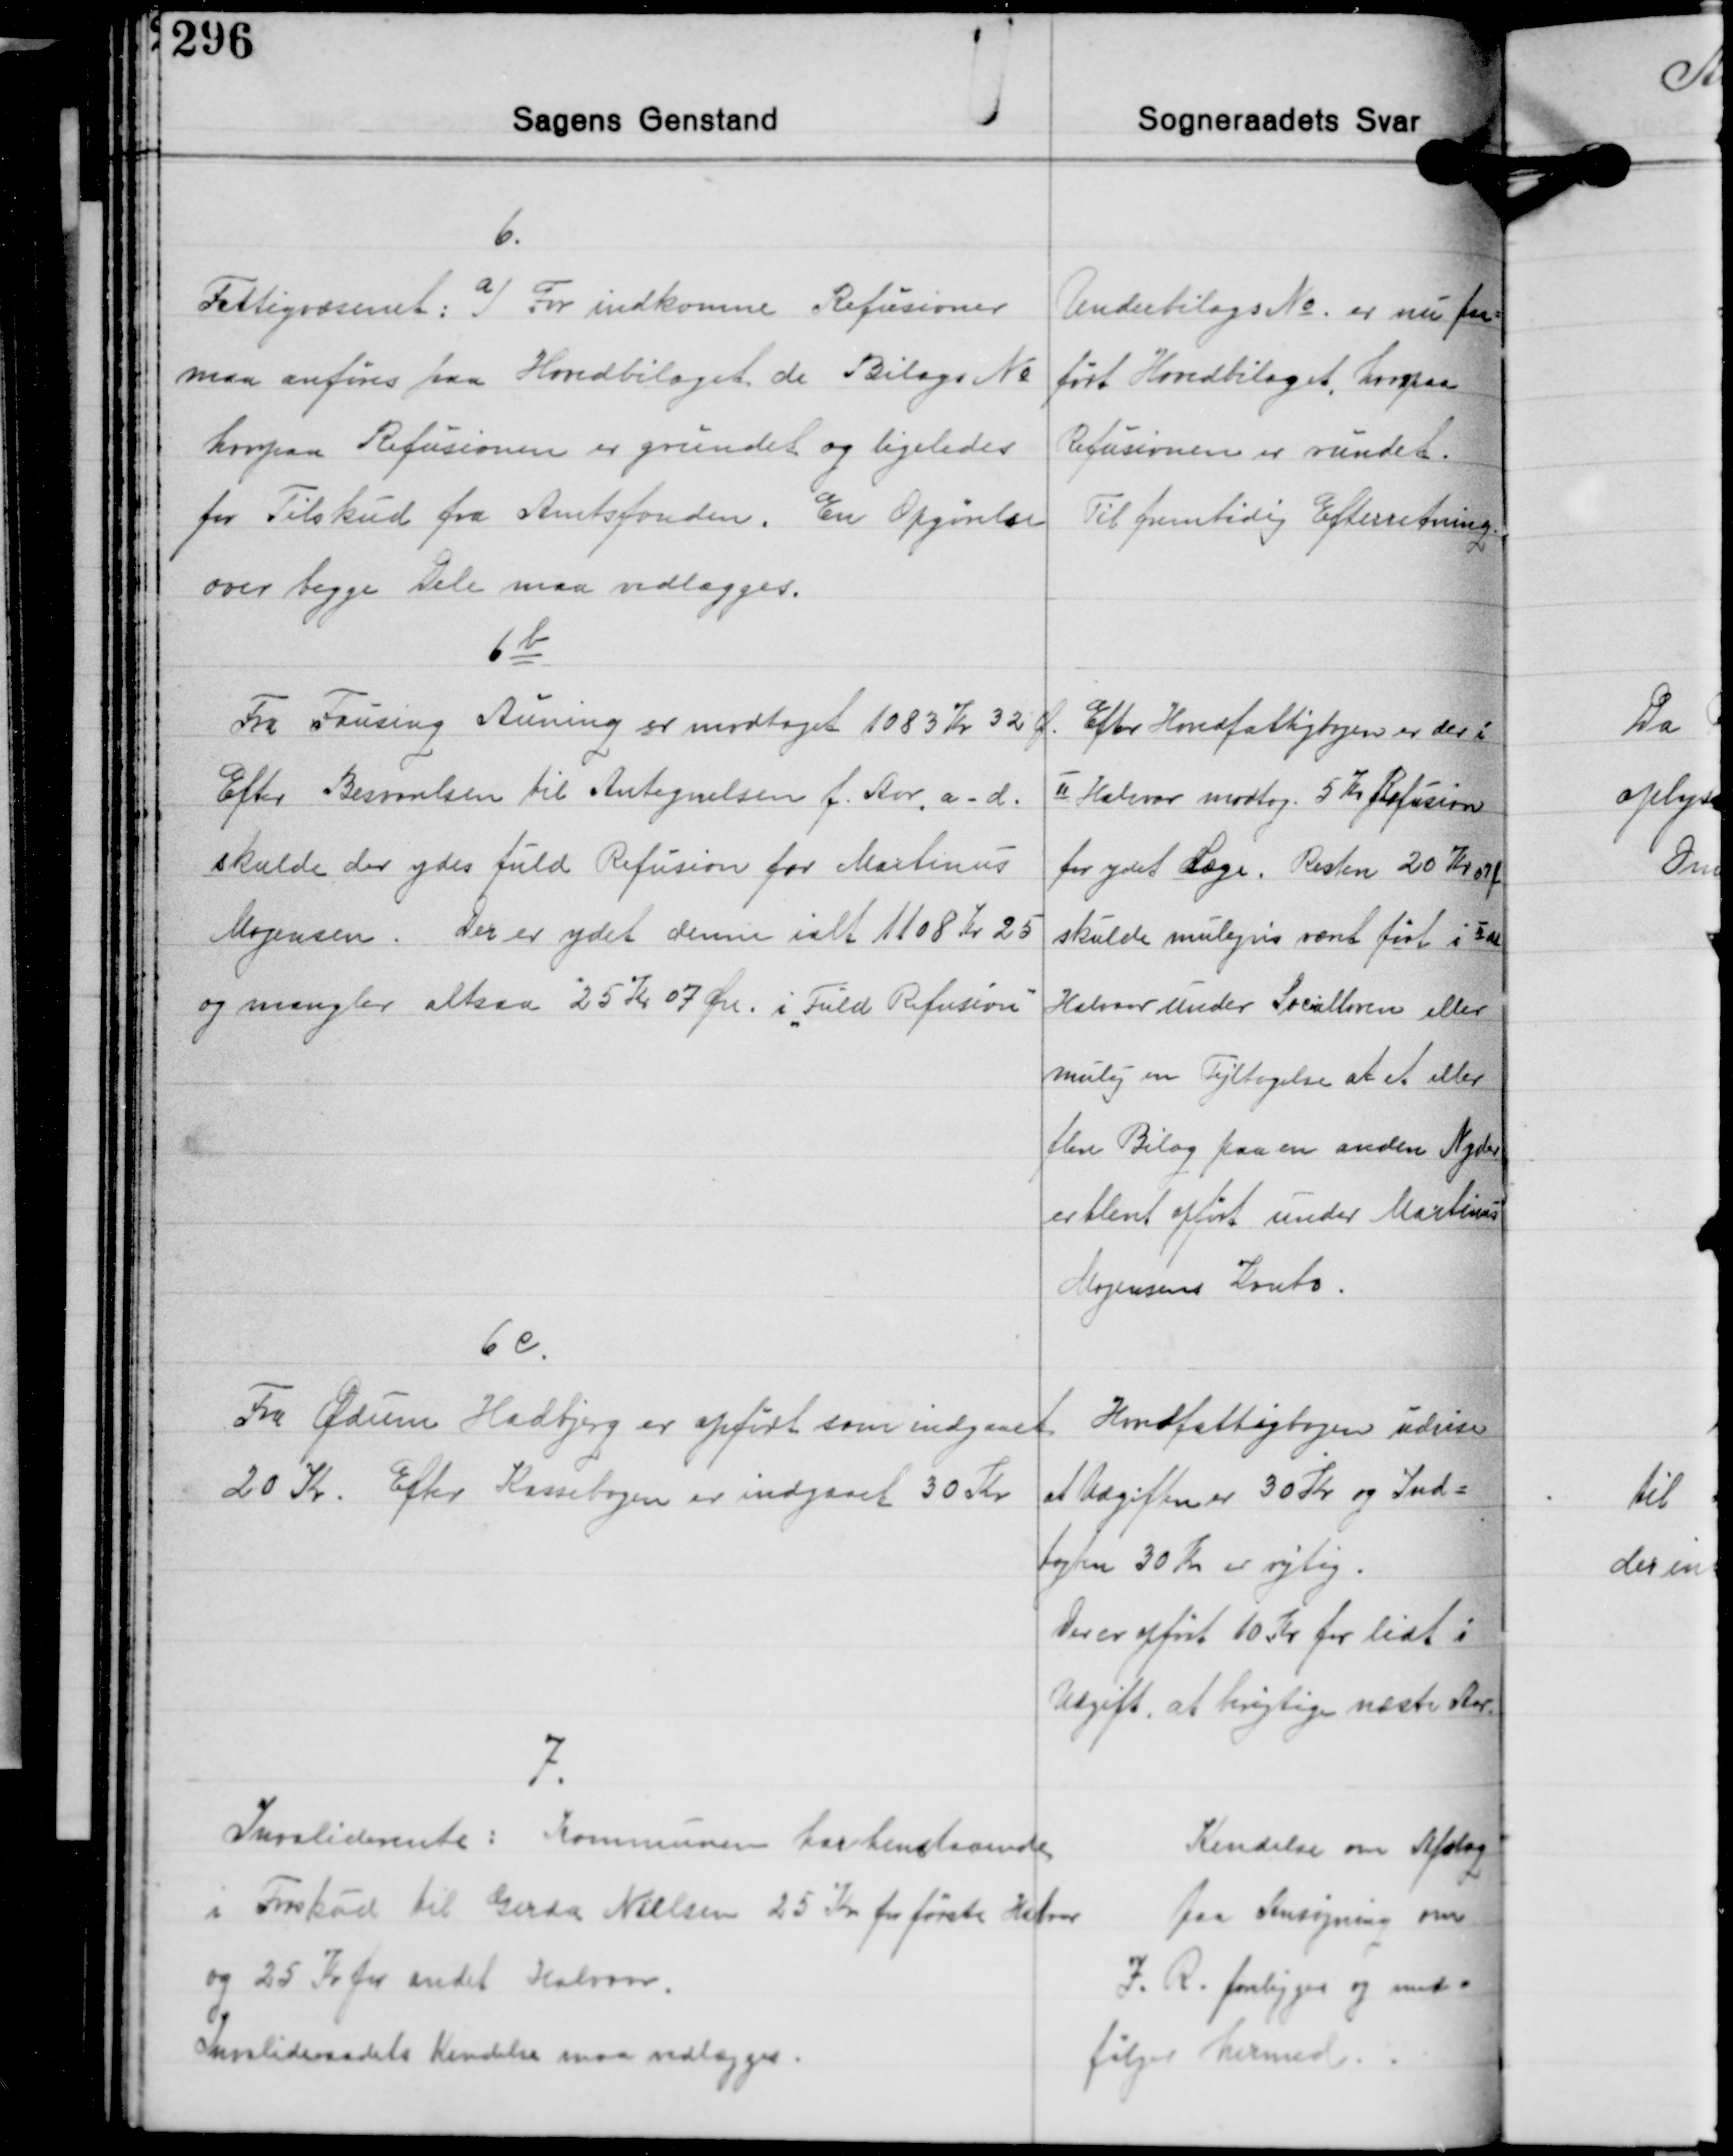
Transskription:
6.
Fattigvæsenet: a) For indkomne Refusioner
maa anføres paa Hovedbilaget de Bilags No
hvorpaa Refusionen er grundet og ligeledes
for Tilskud fra Amtsfonden. En Opgørelse
over begge Dele maa vedlægges.

Underbilags No. er nu paa-
ført Hovedbilaget, hvorpaa
Refusionen er rundet.
Til fremtidig Efterretning

6b
Fra Fausing Auning er modtaget 1083 Kr. 32 Øre
Efter Besvarelsen til Antegnelsen f. Aar, a-d.
skulde der ydes fuld Refusion for Martinus
Mogensen. Der er ydet denne ialt 1108 Kr 25
og mangler altsaa 25 Kr. 07 Øre i "Fuld Refusion".

Efter Hovedfattigbogen er der i
Ⅱ Halvaar modtag. 5 Kr. Refusion
for ydet Læge. Resten 20 Kr. 07 Øre
skulde muligvis været ført i Ⅰar
Halvaar Under Socialloven eller
mulig en Fejltagelse af et eller
flere Bilag paa en anden Nyder
er blevet opført under Martin
Mogensens Konto.

6 c.
Fra Ødum Hadbjerg er opført som indgaaet
20 Kr. Efter Kassebogen er indgaaet 30 Kr.

Hovedfattigbogen udviser
at Udgifteen er 30 Kr og Ind-
tægten 30 Kr. er rigtig.
Der er opført 10 Kr. for lidt i
Udgift at brigtige næste Aar.

7.
Invaliderente: Kommunen har henstaaende
i Forskud til Gerda Nielsen 25 Kr. for første Halvaar
og 25 Kr. fra andet Halvaar.
Invalideraadets Kendelse maa vedlægges.

Kendelse om Afslag
paa Ansøgning om
I. R. forligger og med-
følger hermed.